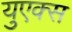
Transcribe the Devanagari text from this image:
युएक्स